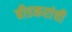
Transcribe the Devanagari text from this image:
बीडकरांची